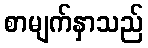
စာမျက်နှာသည်